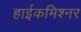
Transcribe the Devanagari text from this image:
हाईकमिश्नर